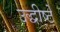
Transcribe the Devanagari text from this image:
उद्धीष्टे